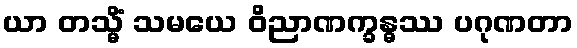
ယာ တသ္မိံ သမယေ ဝိညာဏက္ခန္ဓဿ ပဂုဏတာ